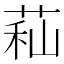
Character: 𦱑